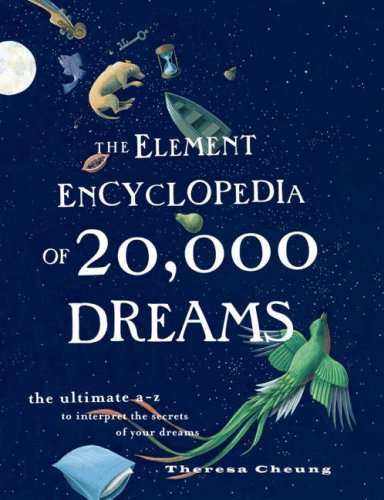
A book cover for The Element Encyclopedia of 20,000 Dreams: The Ultimate A-Z to Interpret the Secrets of Your Dreams; Theresa Cheung; Self-Help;